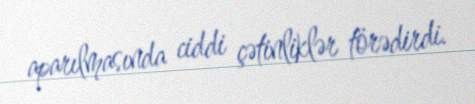
aparılmasında ciddi çətinliklər törədirdi.